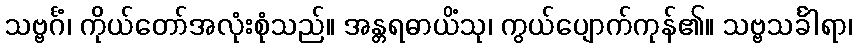
သဗ္ဗင်္ဂံ၊ ကိုယ်တော်အလုံးစုံသည်။ အန္တရဓာယိံသု၊ ကွယ်ပျောက်ကုန်၏။ သဗ္ဗသင်္ခါရာ၊